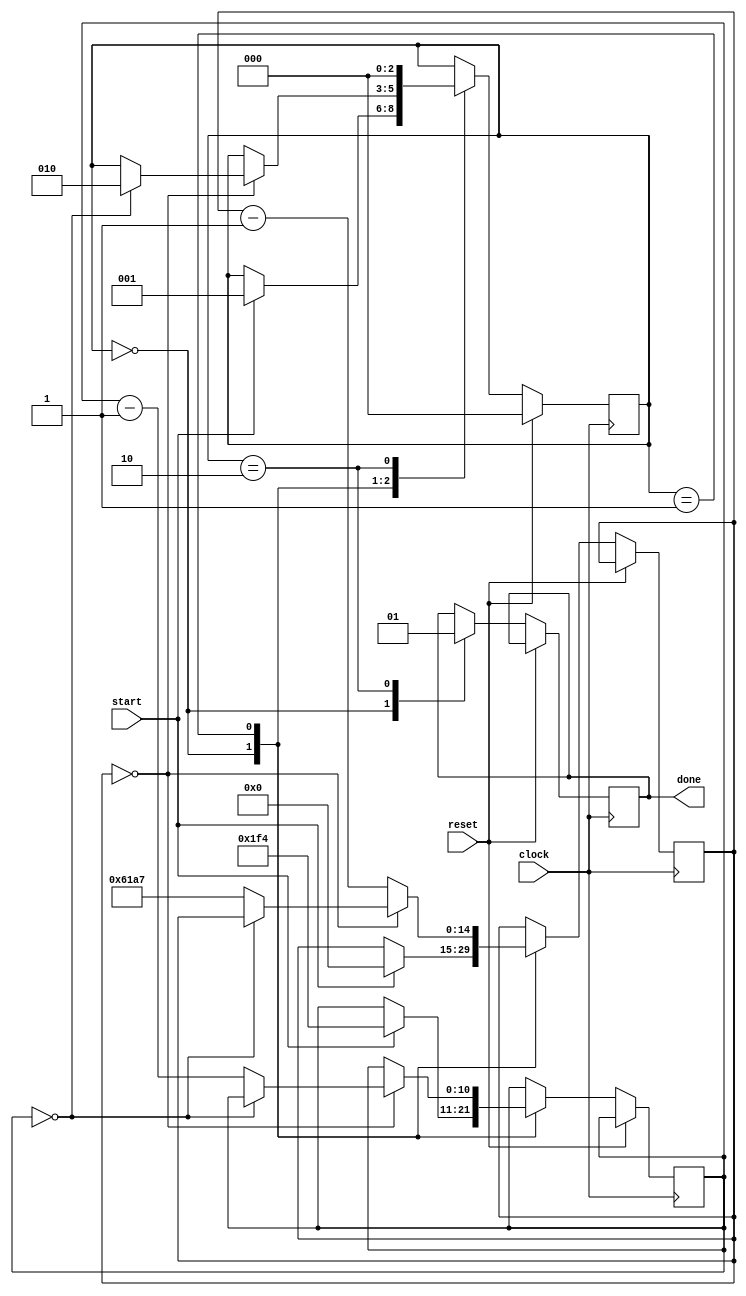
`timescale 1ns / 1ps
//////////////////////////////////////////////////////////////////////////////////
// Company: 
// Engineer: 
// 
// Design Name: 
// Module Name: delay_timer
// Project Name: 
// Target Devices: 
// Tool Versions: 
// Description: 
// 
// Dependencies: 
// 
// Revision:
// Revision 0.01 - File Created
// Additional Comments:
// 
//////////////////////////////////////////////////////////////////////////////////


module delay_timer #(parameter DURATION = 500)
    (input clock,
    input start,
    input reset,
    output reg done
    );
    
    reg [14:0] ms_counter = 0;
    reg [10:0] counter = 0;
    
    localparam IDLE = 3'd0;
    localparam COUNTING = 3'd1;
    localparam TRIGGERED = 3'd2;
    
    reg [2:0] state = IDLE;
    
    always @(posedge clock)begin
        if(reset)begin
            state <= IDLE;
        end else begin
            case(state)
                IDLE:begin
                    done <= 0;
                    if(start)begin
                       ms_counter <= 0;
                       counter <= DURATION;
                       state <= COUNTING;
                    end
                end
                COUNTING:begin
                    if(ms_counter == 0)begin
                        if(counter == 0)begin
                            state <= TRIGGERED;
                        end else begin
                            counter <= counter - 1;
                            ms_counter <= 24999;
                        end
                    end else begin
                        ms_counter <= ms_counter - 1;
                    end
                end
                TRIGGERED:begin
                    done <= 1;
                    state <= IDLE;
                end
            endcase
        end
    end    
endmodule